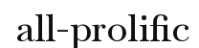
all-prolific